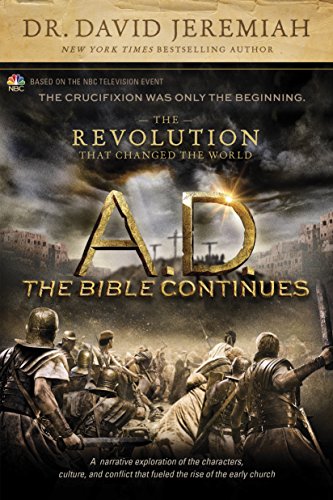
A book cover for A.D. The Bible Continues: The Revolution That Changed the World; David Jeremiah; Christian Books & Bibles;